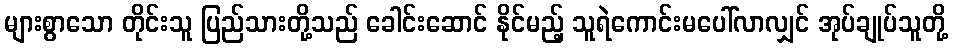
များစွာသော တိုင်းသူ ပြည်သားတို့သည် ခေါင်းဆောင် နိုင်မည့် သူရဲကောင်းမပေါ်လာလျှင် အုပ်ချုပ်သူတို့